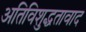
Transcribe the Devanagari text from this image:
अतिविशुद्धतावाद